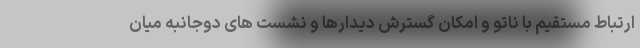
ارتباط مستقیم با ناتو و امکان گسترش دیدارها و نشست های دوجانبه میان